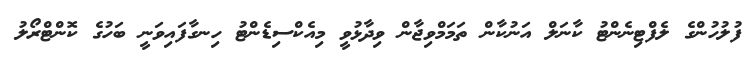
ފުލުހުންގެ ލެފްޓިނެންޓު ކާނަލް އަނުކާން ތަމަމްވިޖާން ވިދާޅުވީ މިއެކްސިޑެންޓު ހިނގާފައިވަނީ ބަހުގެ ކޮންޓްރޯލު